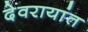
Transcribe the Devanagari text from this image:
देवरायांत